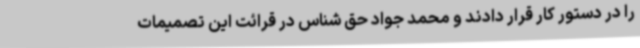
را در دستور کار قرار دادند و محمد جواد حق شناس در قرائت این تصمیمات